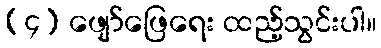
(၄) ဖျော်ဖြေရေး ထည့်သွင်းပါ။